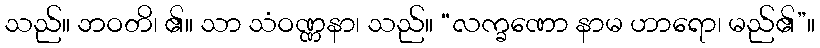
သည်။ ဘဝတိ၊ ၏။ သာ သံဝဏ္ဏနာ၊ သည်။ “လက္ခဏော နာမ ဟာရော၊ မည်၏”။